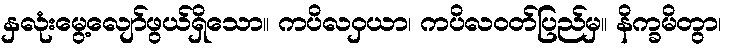
နှလုံးမွေ့လျော်ဖွယ်ရှိသော။ ကပိလဝှယာ၊ ကပိလဝတ်ပြည်မှ။ နိက္ခမိတွာ၊